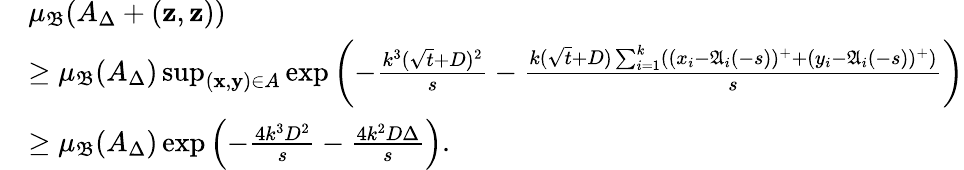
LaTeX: \begin{array}{rl}&{\mu_{\mathfrak{B}}(A_{\Delta}+(\mathbf{z},\mathbf{z}))}\\ &{\ge\mu_{\mathfrak{B}}(A_{\Delta})\operatorname*{sup}_{(\mathbf{x},\mathbf{y})\in A}\exp\left(-\frac{k^{3}(\sqrt{t}+D)^{2}}{s}-\frac{k(\sqrt{t}+D)\sum_{i=1}^{k}((x_{i}-\mathfrak{A}_{i}(-s))^{+}+(y_{i}-\mathfrak{A}_{i}(-s))^{+})}{s}\right)}\\ &{\ge\mu_{\mathfrak{B}}(A_{\Delta})\exp\left(-\frac{4k^{3}D^{2}}{s}-\frac{4k^{2}D\Delta}{s}\right).}\end{array}